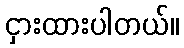
ငှားထားပါတယ်။